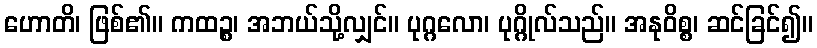
ဟောတိ၊ ဖြစ်၏။ ကထဉ္စ၊ အဘယ်သို့လျှင်။ ပုဂ္ဂလော၊ ပုဂ္ဂိုလ်သည်။ အနုဝိစ္စ၊ ဆင်ခြင်၍။